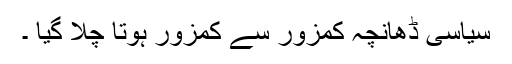
سیاسی ڈھانچہ کمزور سے کمزور ہوتا چلا گیا ۔